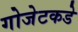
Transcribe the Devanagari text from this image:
गोजेटकडे